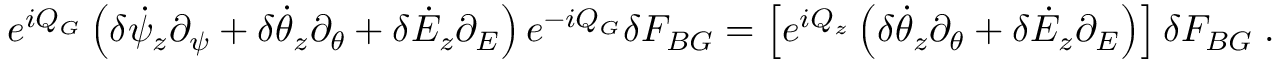
e ^ { i Q _ { G } } \left( \delta \dot { \psi } _ { z } \partial _ { \psi } + \delta \dot { \theta } _ { z } \partial _ { \theta } + \delta \dot { \cal E } _ { z } \partial _ { \cal E } \right) e ^ { - i Q _ { G } } \delta F _ { B G } = \left[ e ^ { i Q _ { z } } \left( \delta \dot { \theta } _ { z } \partial _ { \theta } + \delta \dot { \cal E } _ { z } \partial _ { \cal E } \right) \right] \delta F _ { B G } \; .